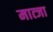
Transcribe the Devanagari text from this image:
मात्जा